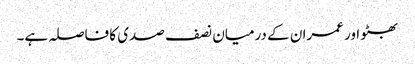
بھٹو اور عمران کے درمیان نصف صدی کا فاصلہ ہے۔